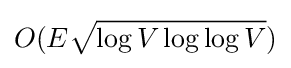
O(E{\sqrt {\log V\log \log V}})